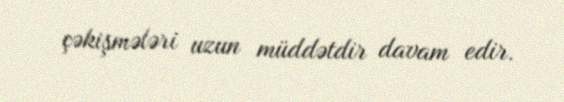
çəkişmələri uzun müddətdir davam edir.